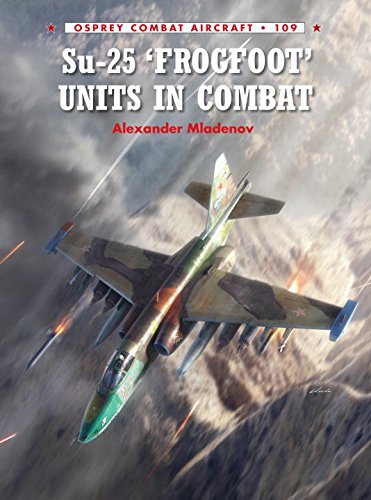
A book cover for Su-25 'Frogfoot' Units In Combat (Combat Aircraft); Alexander Miladenov; History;